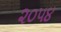
૨૦૫૪